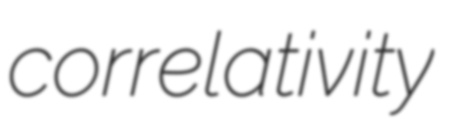
correlativity